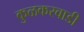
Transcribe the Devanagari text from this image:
कुळकरवाडी